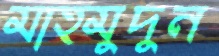
মাহমুদুন